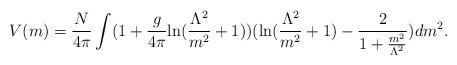
LaTeX: \begin{align*}V(m) = \frac{N}{4\pi} \int (1 + \frac{g}{4\pi}\mbox{ln}(\frac{\Lambda^2}{m^2} + 1))(\mbox{ln}(\frac{\Lambda^2}{m^2} + 1) - \frac{2}{1 + \frac{m^2}{\Lambda^2}})dm^2.\end{align*}